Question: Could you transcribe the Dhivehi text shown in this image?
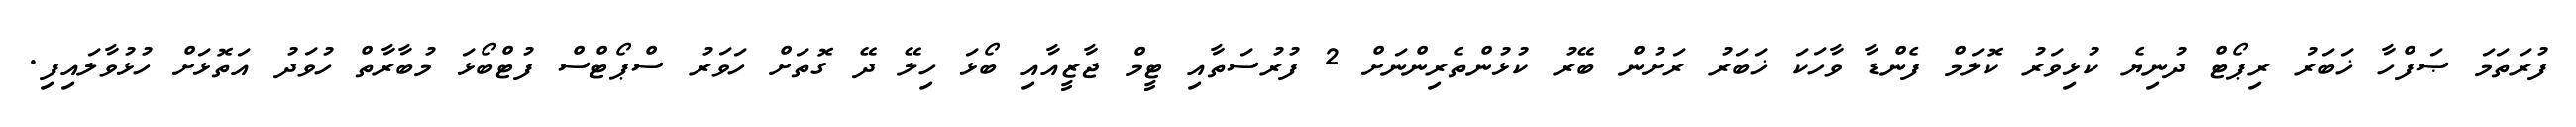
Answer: ފުރަތަމަ ޞަފްހާ ޚަބަރު ރިޕޯޓް ދުނިޔެ ކުޅިވަރު ކޮލަމް ފެންޑާ ވާހަކަ ޚަބަރު ރަށުން ބޭރު ކުޅުންތެރިންނަށް 2 ފުރުސަތާއި ޓީމް ޖާޒީއާއި ބޯޅަ ހިލޭ ދޭ ގޮތަށް ހަވަރު ސްޕޯޓްސް ފުޓްބޯޅަ މުބާރާތް ހުވަދު އަތޮޅަށް ހުޅުވާލައިފި.